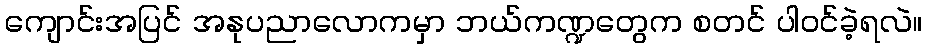
ကျောင်းအပြင် အနုပညာလောကမှာ ဘယ်ကဏ္ဍတွေက စတင် ပါဝင်ခဲ့ရလဲ။